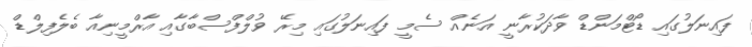
ފައިނަލުގައި ޑޯޓްމަންޑް ވާދަކުރާނީ އަނެއް ސެމީ ފައިނަލުގައި މިރޭ ވުލްފްސްބާގާއި އާރްމީނިއާ ބެލެފިލްޑް